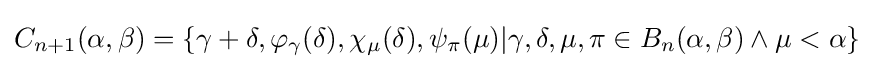
C_{n+1}(\alpha ,\beta )=\{\gamma +\delta ,\varphi _{\gamma }(\delta ),\chi _{\mu }(\delta ),\psi _{\pi }(\mu )|\gamma ,\delta ,\mu ,\pi \in B_{n}(\alpha ,\beta )\land \mu <\alpha \}